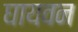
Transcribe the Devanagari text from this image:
घायवन